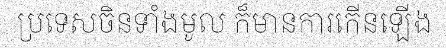
ប្រទេសចិនទាំងមូល ក៏មានការកើនឡើង